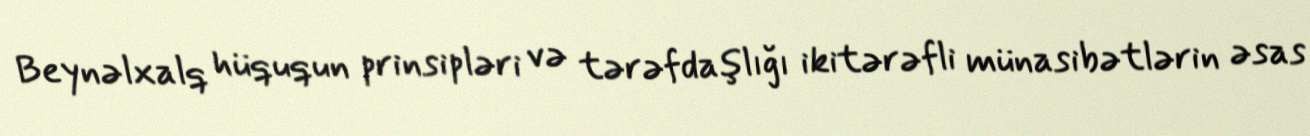
Beynəlxalq hüququn prinsipləri və tərəfdaşlığı ikitərəfli münasibətlərin əsas